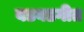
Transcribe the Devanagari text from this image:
बडबडगीत